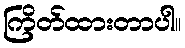
ကြိတ်ထားတာပါ။